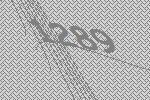
1289